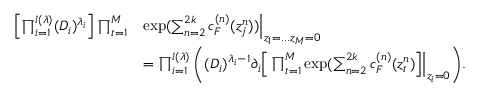
\begin{array} { r l } { \left[ \prod _ { i = 1 } ^ { l ( \lambda ) } ( D _ { i } ) ^ { \lambda _ { i } } \right] \prod _ { t = 1 } ^ { M } } & { \exp ( \sum _ { n = 2 } ^ { 2 k } c _ { F } ^ { ( n ) } ( z _ { j } ^ { n } ) ) \Bigr | _ { z _ { 1 } = . . . z _ { M } = 0 } } \\ & { = \prod _ { i = 1 } ^ { l ( \lambda ) } \Bigg ( ( D _ { i } ) ^ { \lambda _ { i } - 1 } \partial _ { i } \Big [ \prod _ { t = 1 } ^ { M } \exp ( \sum _ { n = 2 } ^ { 2 k } c _ { F } ^ { ( n ) } ( z _ { t } ^ { n } ) \Big ] \Bigr | _ { z _ { i } = 0 } \Bigg ) . } \end{array}